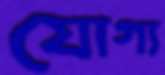
যোগ্য